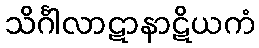
သိင်္ဂါလာဋာနာဋိယကံ